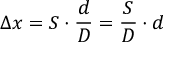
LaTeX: \Delta x = S \cdot { \frac { d } { D } } = { \frac { S } { D } } \cdot d